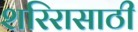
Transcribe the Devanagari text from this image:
शरिरासाठी